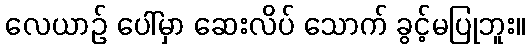
လေယာဉ် ပေါ်မှာ ဆေးလိပ် သောက် ခွင့်မပြုဘူး။